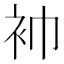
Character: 䘜